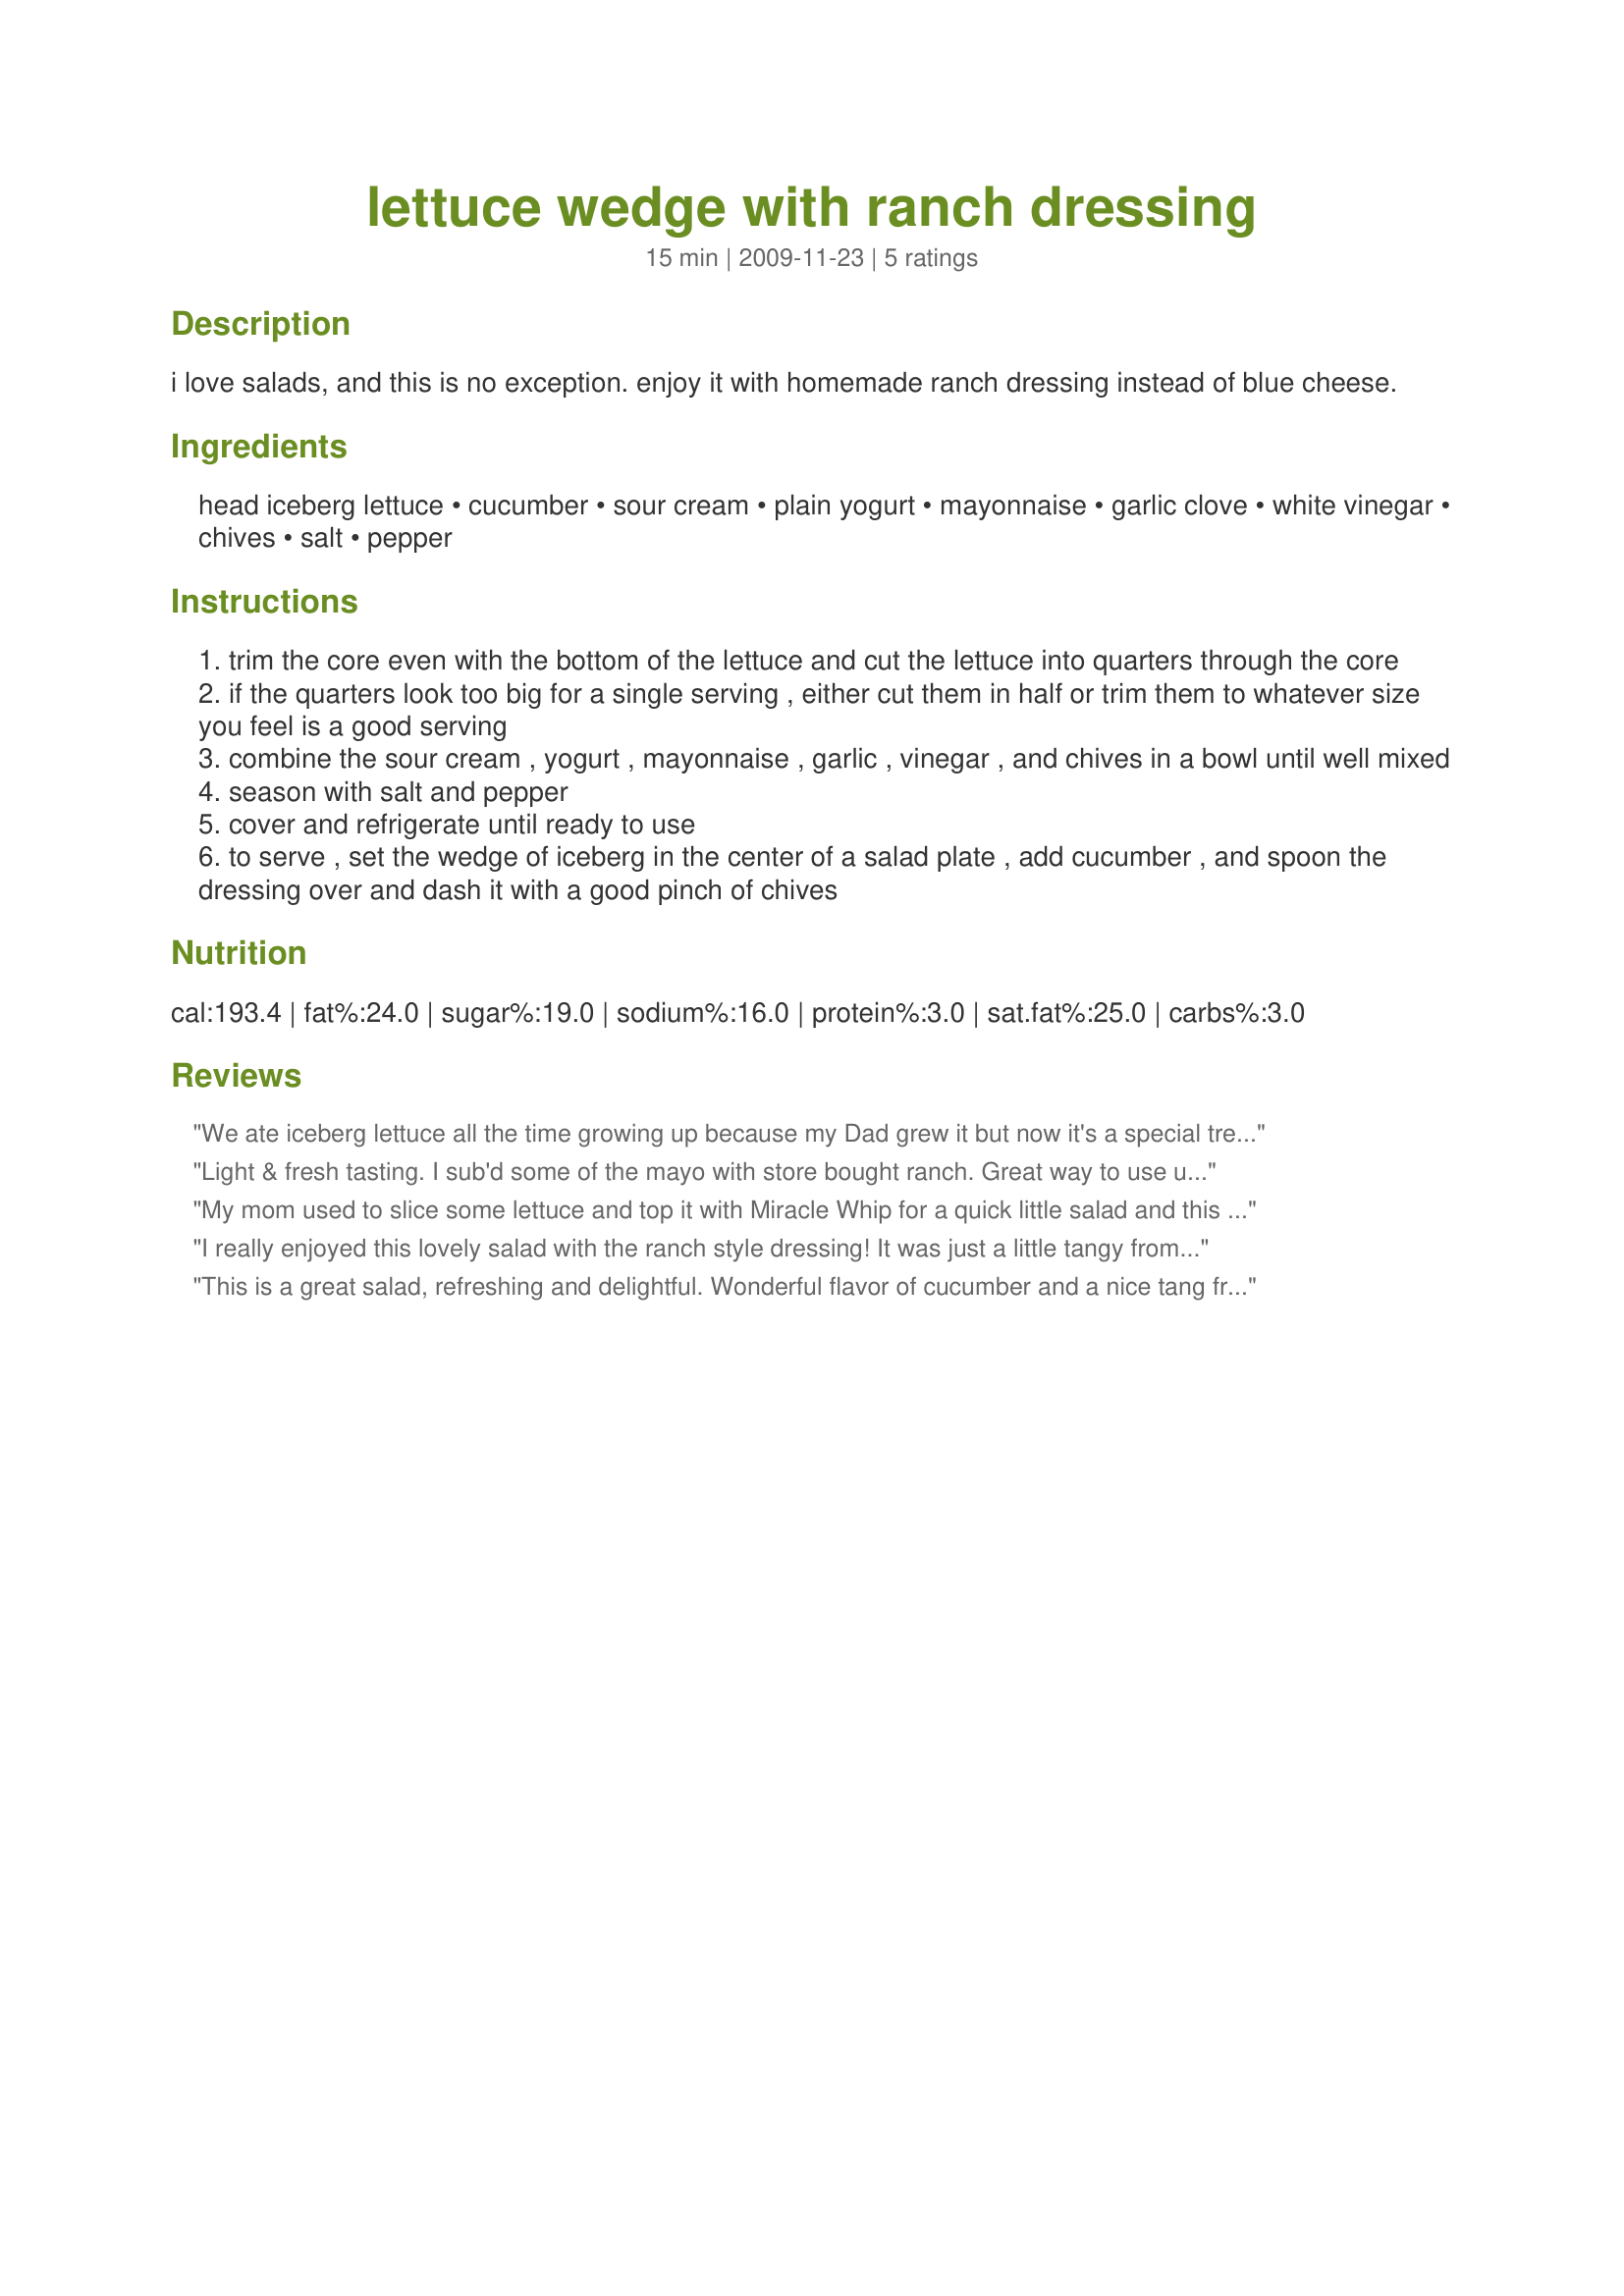
lettuce wedge with ranch dressing
Preparation time: 15 minutes

i love salads, and this is no exception. enjoy it with homemade ranch dressing instead of blue cheese.

Ingredients:
head iceberg lettuce, cucumber, sour cream, plain yogurt, mayonnaise, garlic clove, white vinegar, chives, salt, pepper

Steps:
trim the core even with the bottom of the lettuce and cut the lettuce into quarters through the core
if the quarters look too big for a single serving , either cut them in half or trim them to whatever size you feel is a good serving
combine the sour cream , yogurt , mayonnaise , garlic , vinegar , and chives in a bowl until well mixed
season with salt and pepper
cover and refrigerate until ready to use
to serve , set the wedge of iceberg in the center of a salad plate , add cucumber , and spoon the dressing over and dash it with a good pinch of chives

Reviews:
We ate iceberg lettuce all the time growing up because my Dad grew it but now it's a special treat. I don't know what happened because we love lettuce-especially crispy lettuce. I found organically grown iceberg and combined with the fresh cucumber slices, made-from-scratch ranch dressing and chives from the garden, this was not only delicious but fast to prepare. Went well with tofu meatballs and pasta for a quick weeknight meal. Reviewed for Veg Tag February.
Light & fresh tasting. I sub'd some of the mayo with store bought ranch. Great way to use up cucumbers & chives in the garden, thanks for sharing.
My mom used to slice some lettuce and top it with Miracle Whip for a quick little salad and this brought back nice memories. Loved the addition of cucumbers and the dressing was very good, just the right amount of zing. Andi thank you so much, this will be a favorite of ours! Made and reviewed for Kittencal's Recipe Tag Game.
I really enjoyed this lovely salad with the ranch style dressing! It was just a little tangy from the yogurt and the garlic. Very nice! Thanks Andi, I appreciate all you have done for the Everyday is a Holiday forum and will miss you there but will see you lots of other places!
This is a great salad, refreshing and delightful. Wonderful flavor of cucumber and a nice tang from the yogurt and white vinegar. A nice salad for lunch or before a meal. Thanks Andi for another winner! Made for "Go for the Green" event at KK's forum!
